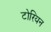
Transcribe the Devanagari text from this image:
टोरियन